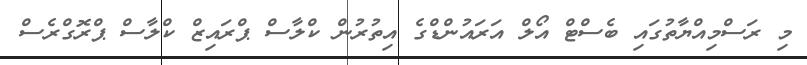
މި ރަސްމިއްޔާތުގައި ބެސްޓް އޯލް އަރައުންޑްގެ އިތުރުން ކްލާސް ޕްރައިޒް ކްލާސް ޕްރޮގްރެސް